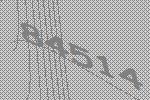
84514